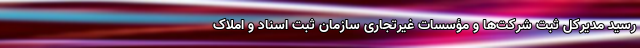
رسید مدیرکل ثبت شرکت‌ها و مؤسسات غیرتجاری سازمان ثبت اسناد و املاک